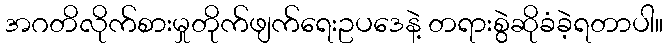
အဂတိလိုက်စားမှုတိုက်ဖျက်ရေးဥပဒေနဲ့ တရားစွဲဆိုခံခဲ့ရတာပါ။